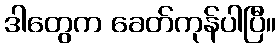
ဒါတွေက ခေတ်ကုန်ပါပြီ။